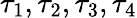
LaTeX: \tau_{1},\tau_{2},\tau_{3},\tau_{4}